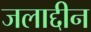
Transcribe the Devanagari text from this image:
जलाद्दीन